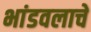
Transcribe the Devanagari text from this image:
भांडवलाचे